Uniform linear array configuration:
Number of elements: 24
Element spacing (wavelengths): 0.25
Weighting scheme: kaiser
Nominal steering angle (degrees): -60
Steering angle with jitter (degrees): -58.636
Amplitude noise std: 0.05
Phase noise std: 0.05

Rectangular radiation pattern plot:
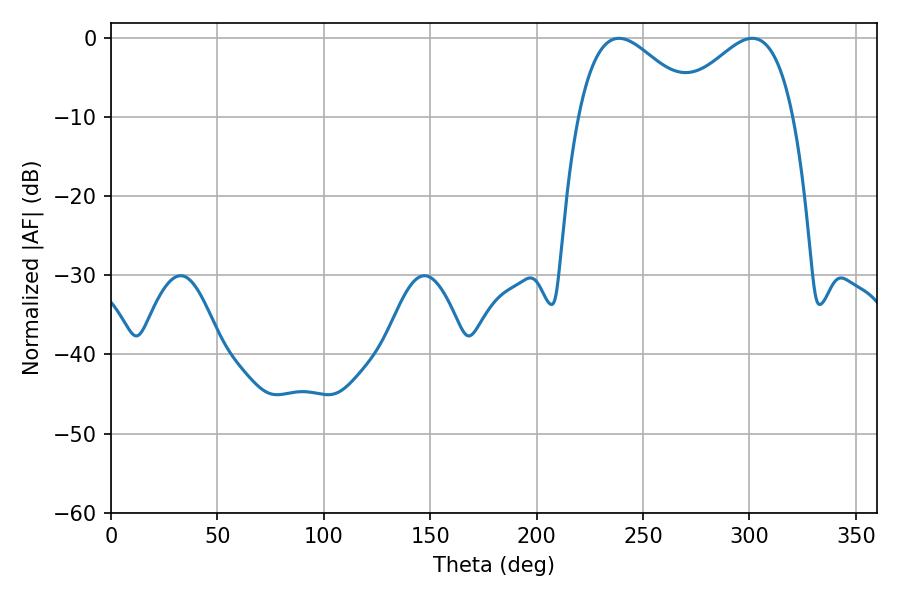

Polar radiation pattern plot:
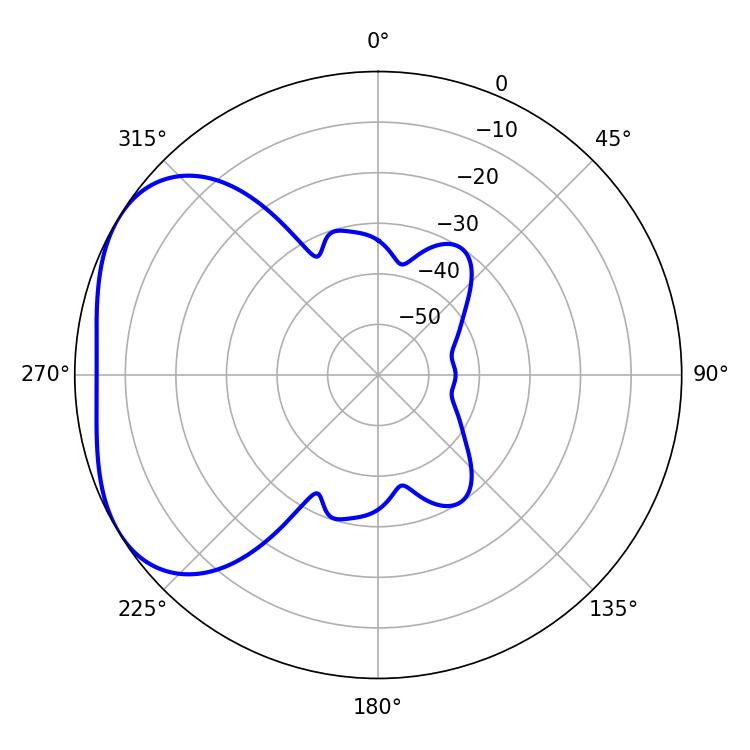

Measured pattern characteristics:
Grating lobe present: FALSE
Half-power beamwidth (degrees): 30.24
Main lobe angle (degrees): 238.68